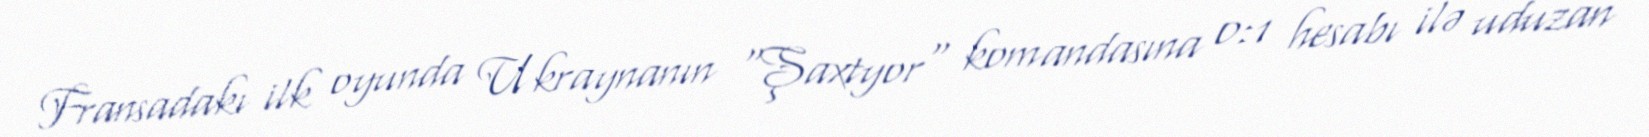
Fransadakı ilk oyunda Ukraynanın "Şaxtyor" komandasına 0:1 hesabı ilə uduzan